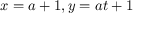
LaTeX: x = a + 1 , y = a t + 1